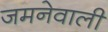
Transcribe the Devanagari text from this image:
जमनेवाली